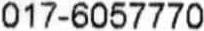
017-6057770